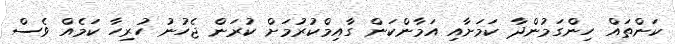
ކަންތައް ހިންގަމުންދާ ކަމަށާއި އަމާންކަން ގާއިމްކުރުމަށް ކުރަން ޖެހުނު ހުރިހާ ކަމެއް ވެސް